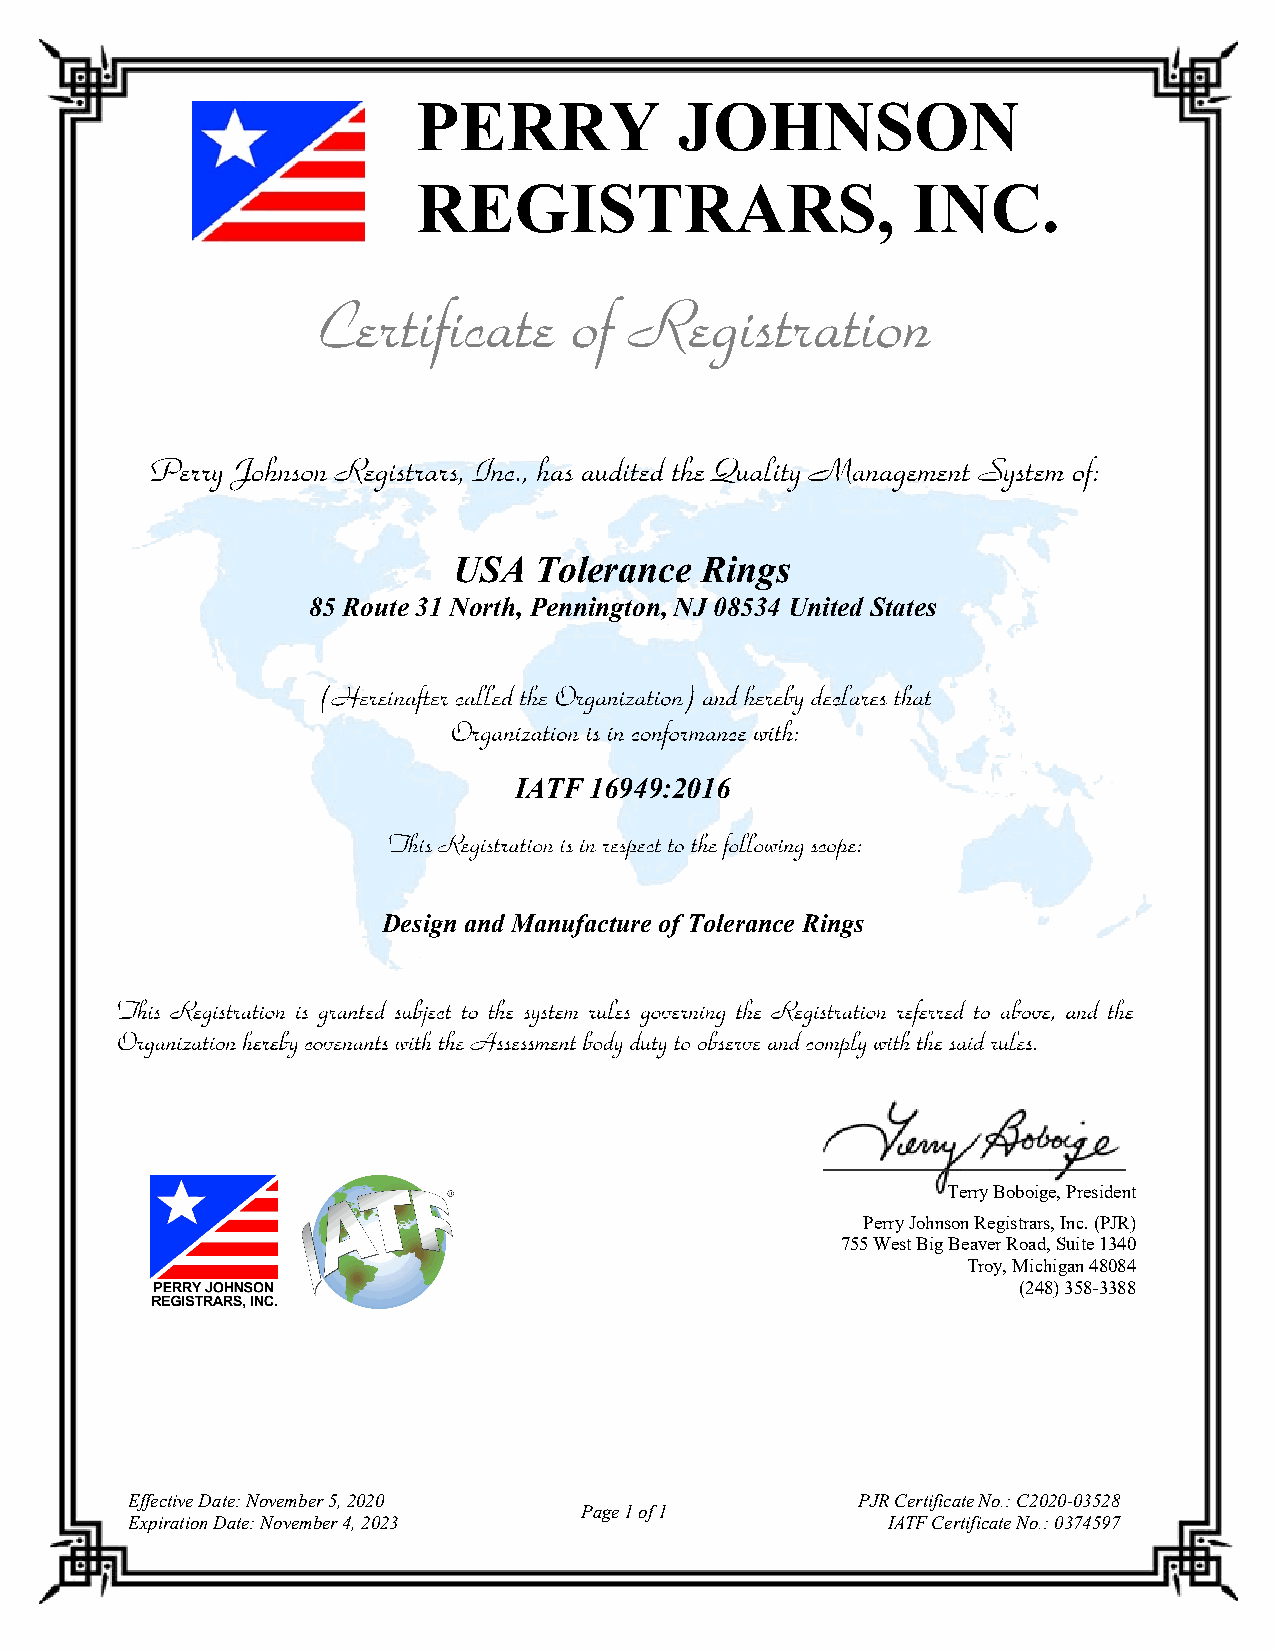
PERRY            JOHNSON
 REGISTRARS,                     INC.
 USA  Tolerance  Rings
 85 Route 31 North, Pennington, NJ 08534 United States
 IATF 16949:2016
 Design and Manufacture of Tolerance Rings
 Terry Boboige, President
 Perry Johnson Registrars, Inc. (PJR)
 755 West Big Beaver Road, Suite 1340
 Troy, Michigan 48084
 (248) 358-3388
 Effective Date: November 5, 2020                PJR Certificate No.: C2020-03528
 Page 1 of 1
 Expiration Date: November 4, 2023                 IATF Certificate No.: 0374597